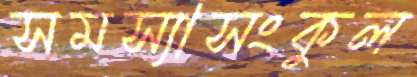
সমস্যাসংকুল